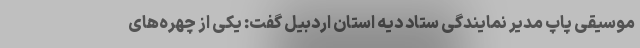
موسیقی پاپ مدیر نمایندگی ستاد دیه استان اردبیل گفت: یکی از چهره‌های